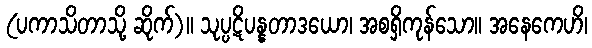
(ပကာသိတာသို့ ဆိုက်)။ သုပ္ပဋိပန္နတာဒယော၊ အစရှိကုန်သော။ အနေကေဟိ၊